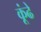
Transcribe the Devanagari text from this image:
कूंढे